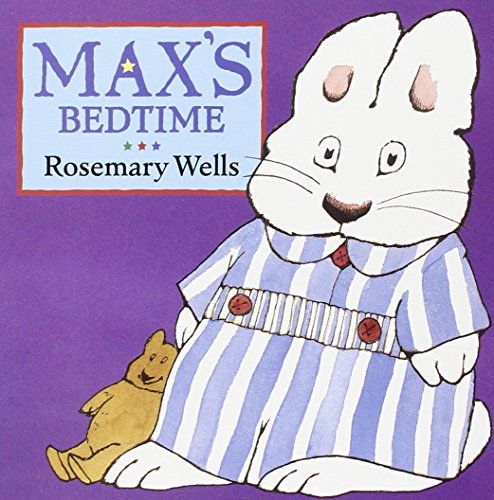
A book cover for Max's Bedtime (Max and Ruby); Rosemary Wells; Children's Books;